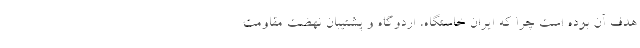
هدف آن بوده است چرا که ایران خاستگاه، اردوگاه و پشتیبان نهضت مقاومت